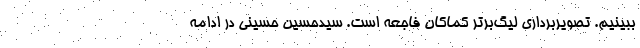
ببینیم. تصویربرداری لیگ‌برتر کماکان فاجعه است. سیدحسین حسینی در ادامه